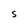
Character: S